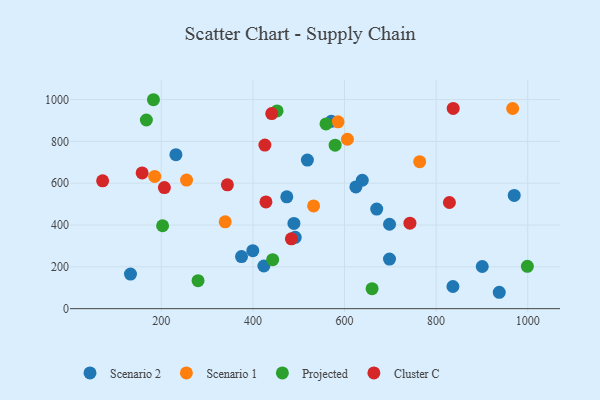
{"axis": {"x": "Speed", "y": "Fuel Efficiency"}, "legend": ["Cluster C", "Projected", "Scenario 1", "Scenario 2"], "data": [{"x": "492.4", "y": 341.2, "type": "Scenario 2"}, {"x": "900.7", "y": 201.6, "type": "Scenario 2"}, {"x": "399.8", "y": 277.5, "type": "Scenario 2"}, {"x": "474.0", "y": 534.7, "type": "Scenario 2"}, {"x": "375.2", "y": 249.3, "type": "Scenario 2"}, {"x": "970.5", "y": 541.4, "type": "Scenario 2"}, {"x": "424.0", "y": 204.0, "type": "Scenario 2"}, {"x": "698.3", "y": 403.6, "type": "Scenario 2"}, {"x": "638.8", "y": 614.2, "type": "Scenario 2"}, {"x": "836.7", "y": 106.0, "type": "Scenario 2"}, {"x": "132.8", "y": 165.3, "type": "Scenario 2"}, {"x": "698.2", "y": 237.2, "type": "Scenario 2"}, {"x": "937.8", "y": 78.4, "type": "Scenario 2"}, {"x": "489.6", "y": 407.5, "type": "Scenario 2"}, {"x": "232.0", "y": 736.3, "type": "Scenario 2"}, {"x": "519.0", "y": 710.8, "type": "Scenario 2"}, {"x": "571.2", "y": 895.8, "type": "Scenario 2"}, {"x": "670.3", "y": 476.4, "type": "Scenario 2"}, {"x": "624.8", "y": 582.0, "type": "Scenario 2"}, {"x": "967.1", "y": 957.2, "type": "Scenario 1"}, {"x": "185.7", "y": 632.6, "type": "Scenario 1"}, {"x": "532.5", "y": 491.3, "type": "Scenario 1"}, {"x": "764.1", "y": 702.9, "type": "Scenario 1"}, {"x": "339.6", "y": 415.2, "type": "Scenario 1"}, {"x": "585.8", "y": 893.5, "type": "Scenario 1"}, {"x": "255.2", "y": 614.8, "type": "Scenario 1"}, {"x": "606.4", "y": 810.3, "type": "Scenario 1"}, {"x": "452.8", "y": 945.5, "type": "Projected"}, {"x": "182.9", "y": 999.2, "type": "Projected"}, {"x": "202.9", "y": 396.6, "type": "Projected"}, {"x": "280.3", "y": 134.1, "type": "Projected"}, {"x": "559.6", "y": 883.4, "type": "Projected"}, {"x": "167.5", "y": 902.3, "type": "Projected"}, {"x": "443.2", "y": 234.1, "type": "Projected"}, {"x": "999.2", "y": 202.5, "type": "Projected"}, {"x": "579.5", "y": 781.9, "type": "Projected"}, {"x": "660.2", "y": 95.6, "type": "Projected"}, {"x": "829.0", "y": 507.8, "type": "Cluster C"}, {"x": "344.3", "y": 592.1, "type": "Cluster C"}, {"x": "158.2", "y": 649.1, "type": "Cluster C"}, {"x": "742.8", "y": 408.8, "type": "Cluster C"}, {"x": "441.1", "y": 932.9, "type": "Cluster C"}, {"x": "206.8", "y": 579.0, "type": "Cluster C"}, {"x": "484.0", "y": 333.8, "type": "Cluster C"}, {"x": "428.5", "y": 510.6, "type": "Cluster C"}, {"x": "426.2", "y": 782.4, "type": "Cluster C"}, {"x": "72.0", "y": 611.5, "type": "Cluster C"}, {"x": "837.3", "y": 957.7, "type": "Cluster C"}]}